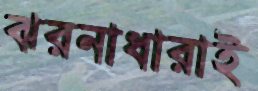
ঝরনাধারাই